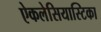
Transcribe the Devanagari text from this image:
ऐकलेसियास्टिका